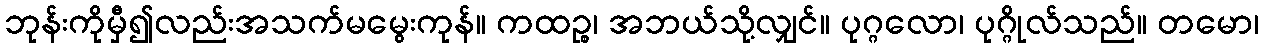
ဘုန်းကိုမှီ၍လည်းအသက်မမွေးကုန်။ ကထဉ္စ၊ အဘယ်သို့လျှင်။ ပုဂ္ဂလော၊ ပုဂ္ဂိုလ်သည်။ တမော၊